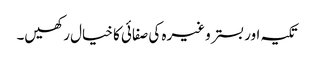
تکیہ اور بستر وغیرہ کی صفائی کا خیال رکھیں۔